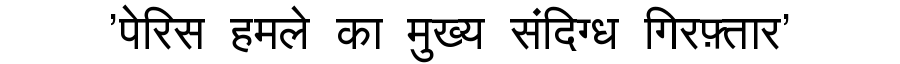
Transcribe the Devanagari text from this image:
'पेरिस हमले का मुख्य संदिग्ध गिरफ़्तार'